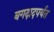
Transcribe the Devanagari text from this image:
बगदादपर्यंत